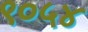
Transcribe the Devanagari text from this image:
९०५४